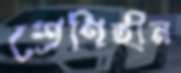
শ্রেণিহীন